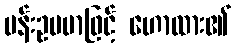
ပန်းဥပမာဖြင့် ဟောထား၏